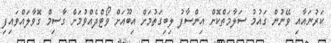
ކަރުނައާއި ވޭނުން ގައުމު ސަލާމަތްކޮށް އިންސާފު ލިބިގަތުމަށް އިބޫއަށް ވޯޓްދެއްވުމަށް ގާސިމް ގޮވާލައްވައިފި